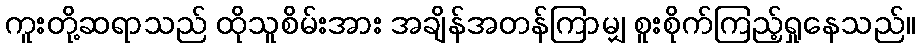
ကူးတို့ဆရာသည် ထိုသူစိမ်းအား အချိန်အတန်ကြာမျှ စူးစိုက်ကြည့်ရှုနေသည်။